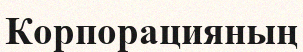
Корпорацияның